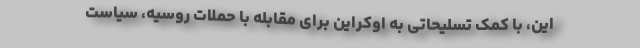
این، با کمک تسلیحاتی به اوکراین برای مقابله با حملات روسیه، سیاست